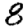
Digit: 8